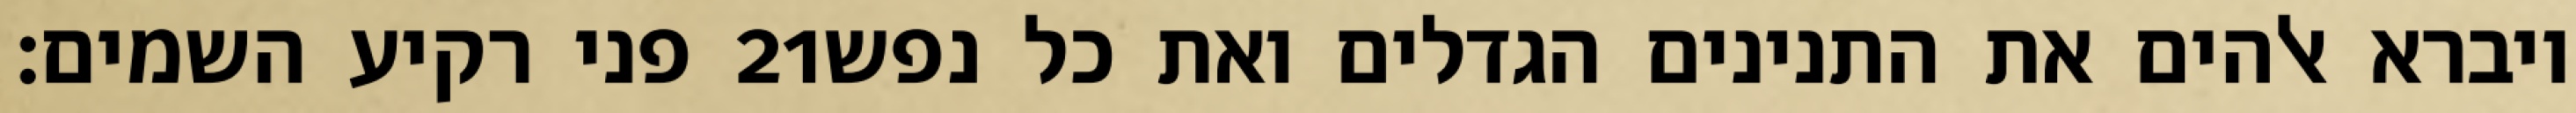
פני רקיע השמים׃ ‎21‏ ויברא אלהים את התנינים הגדלים ואת כל נפש